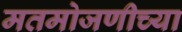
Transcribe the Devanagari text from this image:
मतमोजणीच्या